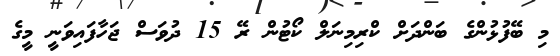
މި ބޭފުޅުންގެ ބަންދަށް ކްރިމިނަލް ކޯޓުން ރޭ 15 ދުވަސް ޖަހާފައިވަނީ މީގެ